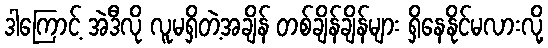
ဒါကြောင့် အဲဒီလို လူမရှိတဲ့အချိန် တစ်ချိန်ချိန်များ ရှိနေနိုင်မလားလို့